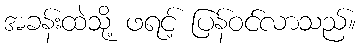
အခန်းထဲသို့ ဖရင့် ပြန်ဝင်လာသည်။